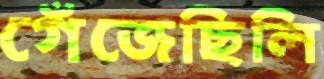
গেঁজেছিলি